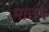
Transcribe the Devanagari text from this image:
मानग